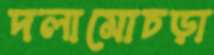
দলামোচড়া